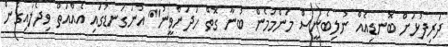
ދަރިފުޅަށް ބޮނޑިއެއް ނުލިބެނީސް މަންމަމެން ބުނާ ގޮތް ހަދަންވީނު" އުނަގަނޑުގައި އެއްއަތް ވިދެލައިގެން